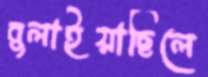
বুলাইয়াছিলে